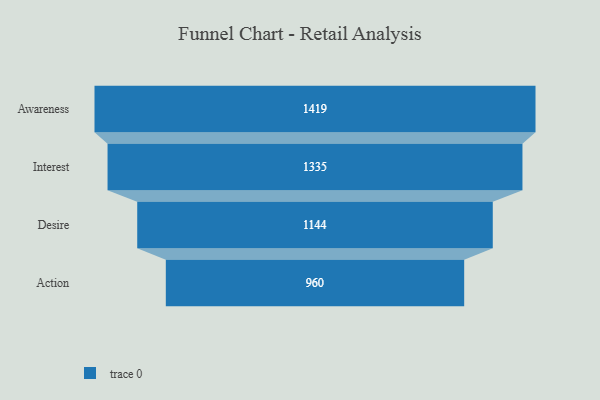
{"axis": {"x": "Stage", "y": "Value"}, "legend": [""], "data": [{"x": "Awareness", "y": 1419.0, "type": ""}, {"x": "Interest", "y": 1335.0, "type": ""}, {"x": "Desire", "y": 1144.0, "type": ""}, {"x": "Action", "y": 960.0, "type": ""}]}